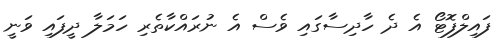
ފައިލްފޮޓޯ އެ ދެ ހާދިސާގައި ވެސް އެ ނުރައްކާތެރި ހަމަލާ ދީފައި ވަނީ